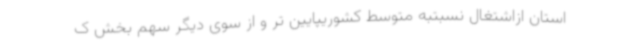
استان ازاشتغال نسبتبه متوسط کشوریپایین تر و از سوی دیگر سهم بخش ک